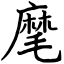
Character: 麾